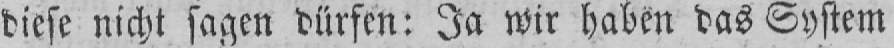
diese nicht sagen dürfen: Ja wir haben das System